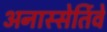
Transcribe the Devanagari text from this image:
अनास्सेर्तिवे